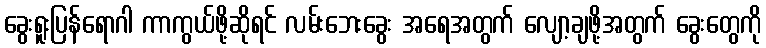
ခွေးရူးပြန်ရောဂါ ကာကွယ်ဖို့ဆိုရင် လမ်းဘေးခွေး အရေအတွက် လျော့ချဖို့အတွက် ခွေးတွေကို